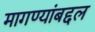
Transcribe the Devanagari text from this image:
मागण्यांबद्दल